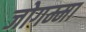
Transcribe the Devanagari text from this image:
जोगम्मा